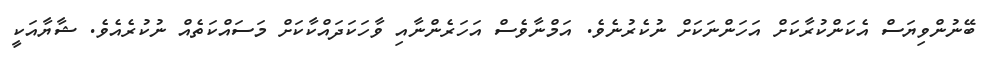
ބޭނުންވިޔަސް އެކަންކުރާކަށް އަހަންނަކަށް ނުކެރުނެވެ. އަމްނާވެސް އަހަރެންނާއި ވާހަކަދައްކާކަށް މަސައްކަތެއް ނުކުރެއެވެ. ޝާޔާއަކީ